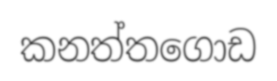
කනත්තගොඩ